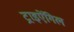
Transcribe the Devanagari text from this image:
ट्राइऐंगिल